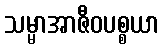
သမ္မာအာဇီဝပစ္စယာ